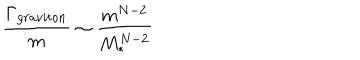
\frac { \Gamma _ { g r a v i t o n } } { m } \sim \frac { m ^ { N - 2 } } { M _ { * } ^ { N - 2 } }